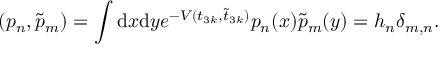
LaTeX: ( p _ { n } , \tilde { p } _ { m } ) = \int \mathrm { d } x \mathrm { d } y e ^ { - V ( t _ { 3 k } , \tilde { t } _ { 3 k } ) } p _ { n } ( x ) \tilde { p } _ { m } ( y ) = h _ { n } \delta _ { m , n } .